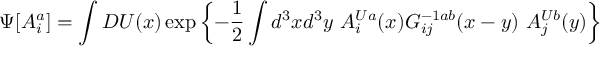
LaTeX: \Psi [ A _ { i } ^ { a } ] = \int D U ( x ) \exp \left\{ - { \frac { 1 } { 2 } } \int d ^ { 3 } x d ^ { 3 } y \ A _ { i } ^ { U a } ( x ) G _ { i j } ^ { - 1 a b } ( x - y ) \ A _ { j } ^ { U b } ( y ) \right\}